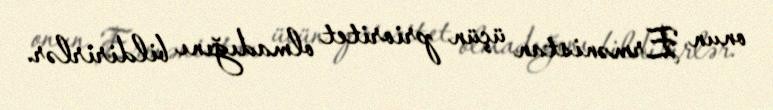
onun Ermənistan üçün prioritet olmadığını bildirirlər.